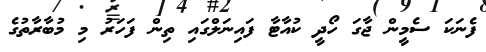
ފެނަކަ ސެމީން ޖާގަ ހޯދީ ކުއާޓާ ފައިނަލްގައި ތިން ފަހަރު މި މުބާރާތުގެ